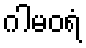
ဂါမဝရံ